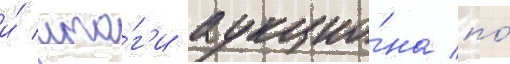
и́ ито́г'и аукцио́на по́